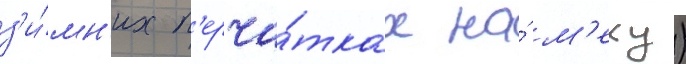
з'и́мн'их п'ерча́тках на́ м'еху)